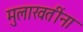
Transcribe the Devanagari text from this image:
मुलाखतींना